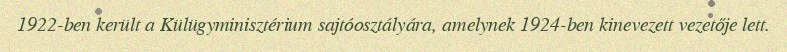
1922-ben került a Külügyminisztérium sajtóosztályára, amelynek 1924-ben kinevezett vezetője lett.